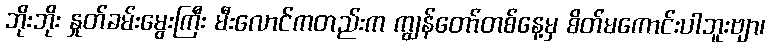
ဘိုးဘိုး နှုတ်ခမ်းမွေးကြီး မီးလောင်ကတည်းက ကျွန်တော်တစ်နေ့မှ စိတ်မကောင်းပါဘူးဗျာ၊